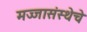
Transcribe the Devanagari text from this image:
मज्जासंस्थेचे